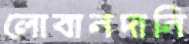
লোবানদানি